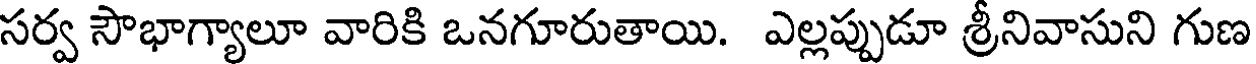
సర్వ సౌభాగ్యాలూ వారికి ఒనగూరుతాయి. ఎల్లప్పుడూ శ్రీనివాసుని గుణ